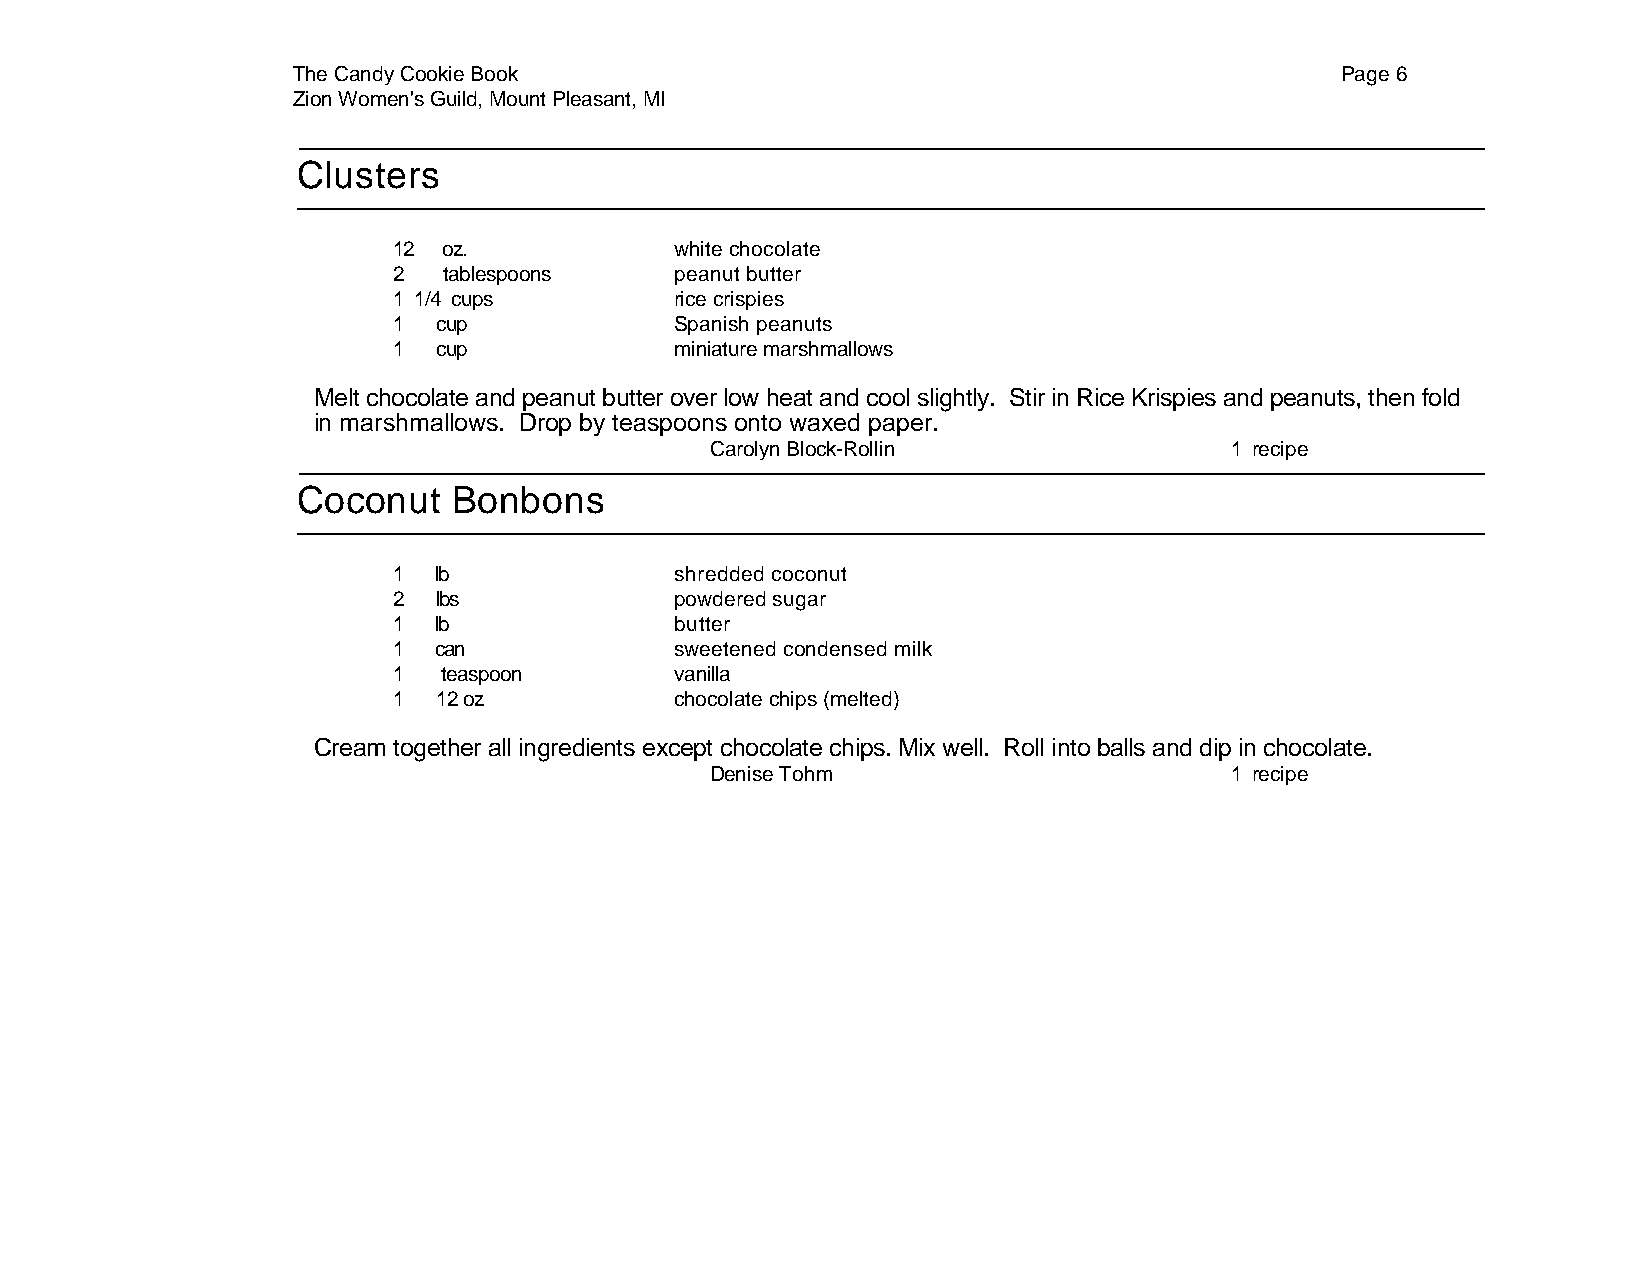
The Candy Cookie Book                                                 Page 6
 Zion Women's Guild, Mount Pleasant, MI
 Clusters
 12 oz.             white chocolate
 2  tablespoons     peanut butter
 1 1/4 cups         rice crispies
 1  cup             Spanish peanuts
 1  cup             miniature marshmallows
 Melt chocolate and peanut butter over low heat and cool slightly. Stir in Rice Krispies and peanuts, then fold
 in marshmallows. Drop by teaspoons onto waxed paper.
 Carolyn Block-Rollin              1 recipe
 Coconut   Bonbons
 1  lb              shredded coconut
 2  lbs             powdered sugar
 1  lb              butter
 1  can             sweetened condensed milk
 1  teaspoon        vanilla
 1  12 oz           chocolate chips (melted)
 Cream together all ingredients except chocolate chips. Mix well. Roll into balls and dip in chocolate.
 Denise Tohm                       1 recipe